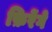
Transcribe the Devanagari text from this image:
फ़िरेंगे